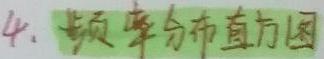
4. 频率分布直方图